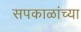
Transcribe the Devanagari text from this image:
सपकाळांच्या